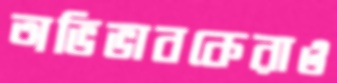
অভিভাবকেরাও